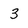
Character: 3